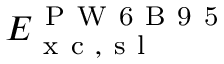
E _ { \mathrm { ~ x ~ c ~ , ~ s ~ l ~ } } ^ { \mathrm { ~ P ~ W ~ 6 ~ B ~ 9 ~ 5 ~ } }